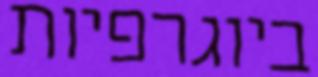
ביוגרפיות